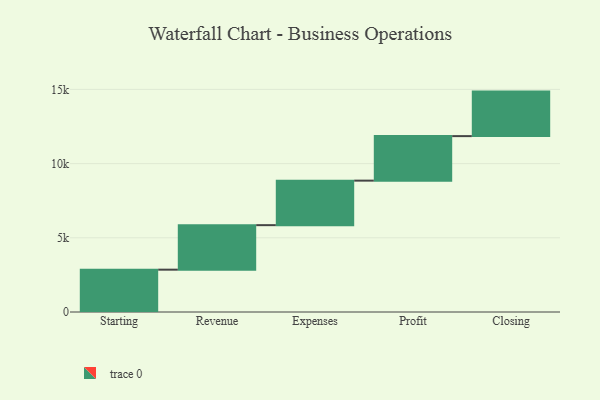
{"axis": {"x": "Step", "y": "Value"}, "legend": [""], "data": [{"x": "Starting", "y": 2853.0, "type": ""}, {"x": "Revenue", "y": 3000, "type": ""}, {"x": "Expenses", "y": 3000, "type": ""}, {"x": "Profit", "y": 3000, "type": ""}, {"x": "Closing", "y": 3000, "type": ""}]}